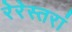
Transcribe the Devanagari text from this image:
रेरेस्तरां